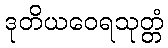
ဒုတိယဝေရသုတ္တံ